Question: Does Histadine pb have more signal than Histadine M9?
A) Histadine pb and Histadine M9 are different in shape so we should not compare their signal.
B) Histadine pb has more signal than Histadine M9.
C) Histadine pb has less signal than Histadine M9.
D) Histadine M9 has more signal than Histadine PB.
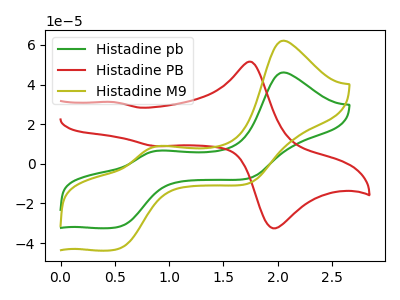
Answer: <think>The green curve "Histadine pb" has anodic peaks at (2.05V, 46.10uA) (0.90V, 6.65uA) and cathodic peaks at (0.55V, -31.65uA) (1.75V, -7.30uA). The red curve "Histadine PB" has anodic peaks at (1.75V, 51.45uA) (0.50V, 31.15uA) and cathodic peaks at (2.00V, -32.00uA) (0.90V, 8.90uA). The olive curve "Histadine M9" has anodic peaks at (2.05V, 62.15uA) (0.90V, 8.95uA) and cathodic peaks at (0.55V, -42.65uA) (1.75V, -9.85uA).
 All the peaks in "Histadine pb" have a peak in "Histadine M9" at the same potential. Every peak in "Histadine pb" is lower than every peak in "Histadine M9".</think>
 <answer>C) "Histadine pb" has less signal than "Histadine M9".</answer>
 <eval>C</eval>